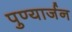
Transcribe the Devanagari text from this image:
पुण्यार्जन